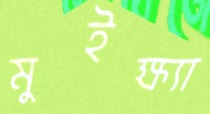
মুইক্ষ্যা